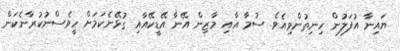
ޔައިނާ އުފަލުން ހިނިތުންވިއެވެ. ސުމާ އާއި މާޒިން އޭނާ އޭޑީކޭއާއި ގުޅޭނެކަމަށް ހީވެސްނުކުރާނެކަން